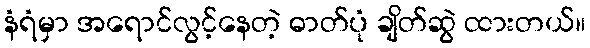
နံရံမှာ အရောင်လွင့်နေတဲ့ ဓာတ်ပုံ ချိတ်ဆွဲ ထားတယ်။